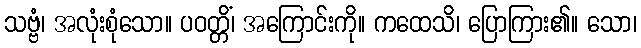
သဗ္ဗံ၊ အလုံးစုံသော။ ပဝတ္တိံ၊ အကြောင်းကို။ ကထေသိ၊ ပြောကြား၏။ သော၊